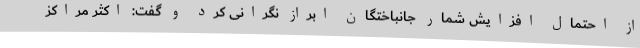
از احتمال افزایش شمار جانباختگان ابراز نگرانی کرد و گفت: اکثر مراکز